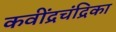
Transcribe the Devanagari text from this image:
कवींद्रचंद्रिका